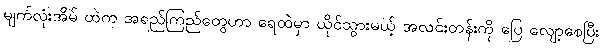
မျက်လုံးအိမ် ထဲက အရည်ကြည်တွေဟာ ရေထဲမှာ ယိုင်သွားမယ့် အလင်းတန်းကို ပြေ လျော့စေပြီး